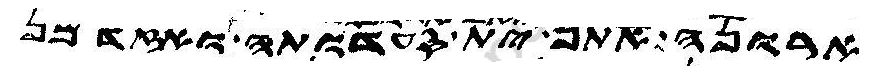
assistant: ארונה תתן ית סעדותה ואזדמן